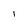
Character: l